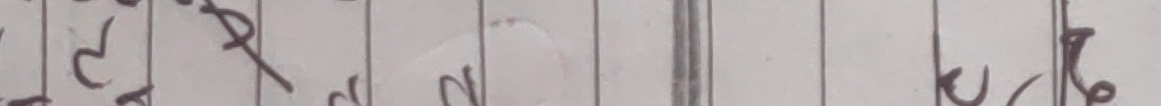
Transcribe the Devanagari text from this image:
छारहे